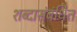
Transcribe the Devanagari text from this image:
शब्दासंबंधित